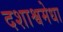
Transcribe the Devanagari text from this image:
दशाश्वमेधा